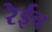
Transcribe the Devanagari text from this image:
रेईच